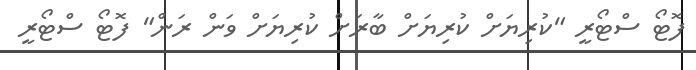
ފޮޓޯ ސްޓޯރީ "ކުރިޔަށް ކުރިޔަށް ބާރަށް ކުރިޔަށް ވަން ރަން" ފޮޓޯ ސްޓޯރީ